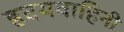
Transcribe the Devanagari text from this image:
ह्रदयवाहिनी